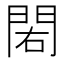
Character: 𨳾